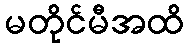
မတိုင်မီအထိ